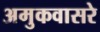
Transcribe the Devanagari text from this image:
अमुकवासरे